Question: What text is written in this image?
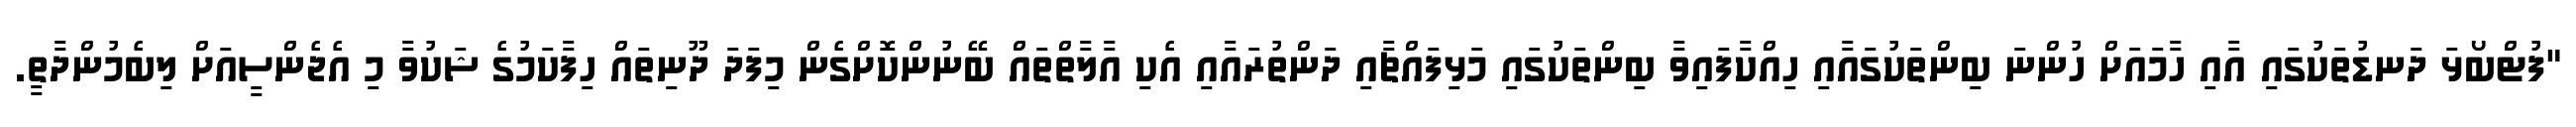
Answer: "ފުޓްބޯޅަ ދަނޑުތަކުގައި އާއި ހާމައަށް ހުންނަ ބިންތަކުގައާއި ހިއްކާފައިވާ ބިންތަކުގައި މަޅިފައްޗާއި ދަންތުރައާއި އެކި އާލާތްތައް ބޭނުންކޮށްގެން މިފަދަ ދޫނިތައް ހިފާކަމުގެ ޝަކުވާ މި އެޖެންސީއަށް ލިބެމުންދާތީ.